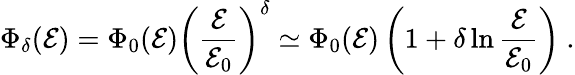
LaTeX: \Phi_{\delta}(\mathcal{E})=\Phi_{0}(\mathcal{E})\left(\frac{{\mathcal{E}}}{{\mathcal{E}_{0}}}\right)^{\delta}\simeq\Phi_{0}(\mathcal{E})\left(1+\delta\ln\frac{{\mathcal{E}}}{{\mathcal{E}_{0}}}\right)~.